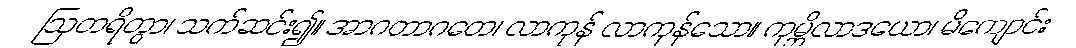
ဩတရိတွာ၊ သက်ဆင်း၍။ အာဂတာဂတေ၊ လာကုန် လာကုန်သော။ ကုမ္ဘိလာဒယော၊ မိကျောင်း